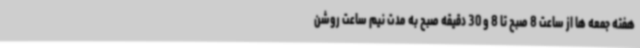
هفته جمعه ها از ساعت 8 صبح تا 8 و 30 دقیقه صبح به مدت نیم ساعت روشن